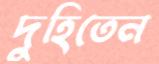
দুহিতেন